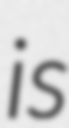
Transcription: is